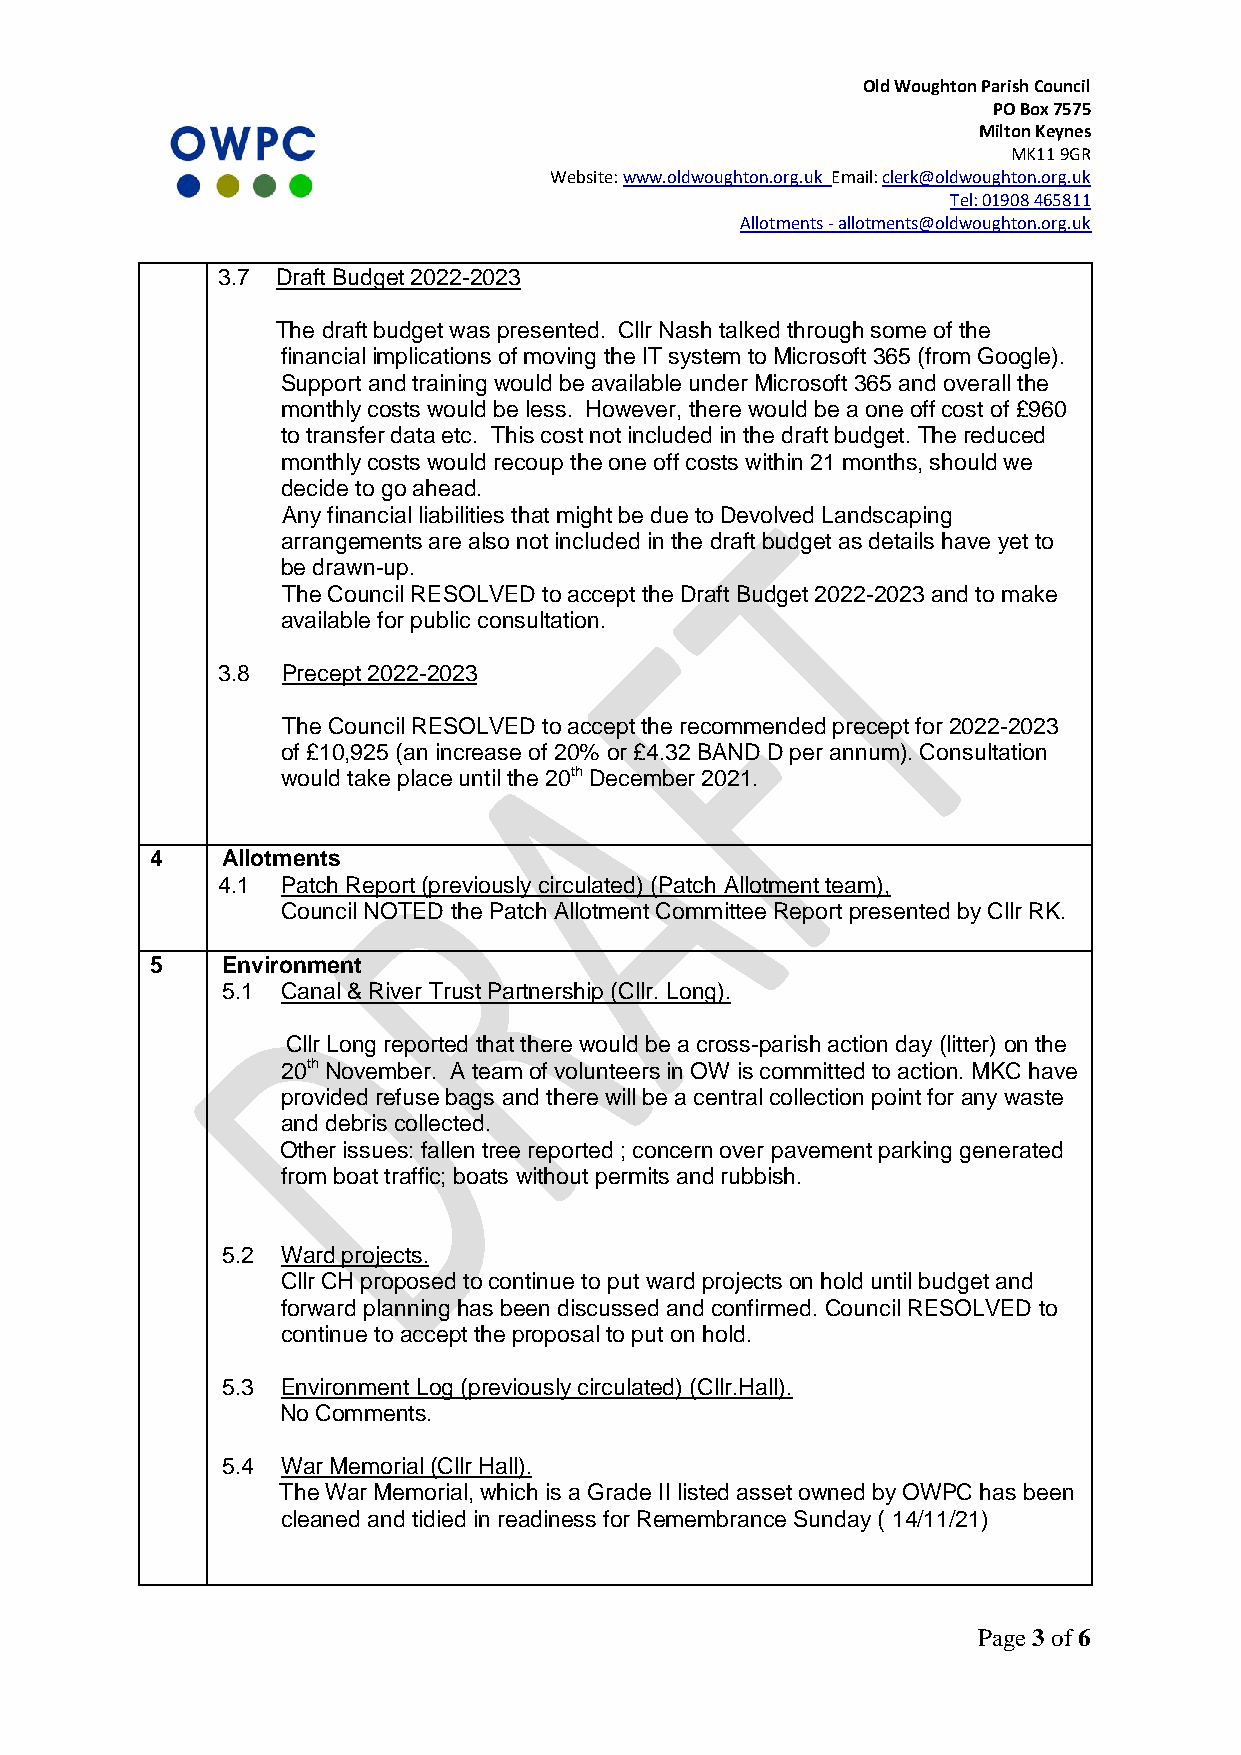
Old Woughton Parish Council
 PO Box 7575
 Milton Keynes
 MK11 9GR
 Website: www.oldwoughton.org.uk Email: clerk@oldwoughton.org.uk
 Tel: 01908 465811
 Allotments - allotments@oldwoughton.org.uk
 3.7 Draft Budget 2022-2023
 The draft budget was presented. Cllr Nash talked through some of the
 financial implications of moving the IT system to Microsoft 365 (from Google).
 Support and training would be available under Microsoft 365 and overall the
 monthly costs would be less. However, there would be a one off cost of £960
 to transfer data etc. This cost not included in the draft budget. The reduced
 monthly costs would recoup the one off costs within 21 months, should we
 decide to go ahead.
 Any financial liabilities that might be due to Devolved Landscaping
 arrangements are also not included in the draft budget as details have yet to
 be drawn-up.
 The Council RESOLVED to accept the Draft Budget 2022-2023 and to make
 available for public consultation.
 3.8  Precept 2022-2023
 The Council RESOLVED to accept the recommended precept for 2022-2023
 of £10,925 (an increase of 20% or £4.32 BAND D per annum). Consultation
 would take place until the 20th December 2021.
 4    Allotments
 4.1  Patch Report (previously circulated) (Patch Allotment team),
 Council NOTED the Patch Allotment Committee Report presented by Cllr RK.
 5    Environment
 5.1 Canal & River Trust Partnership (Cllr. Long).
 Cllr Long reported that there would be a cross-parish action day (litter) on the
 20th November. A team of volunteers in OW is committed to action. MKC have
 provided refuse bags and there will be a central collection point for any waste
 and debris collected.
 Other issues: fallen tree reported ; concern over pavement parking generated
 from boat traffic; boats without permits and rubbish.
 5.2 Ward projects.
 Cllr CH proposed to continue to put ward projects on hold until budget and
 forward planning has been discussed and confirmed. Council RESOLVED to
 continue to accept the proposal to put on hold.
 5.3 Environment Log (previously circulated) (Cllr.Hall).
 No Comments.
 5.4 War Memorial (Cllr Hall).
 The War Memorial, which is a Grade II listed asset owned by OWPC has been
 cleaned and tidied in readiness for Remembrance Sunday ( 14/11/21)
 Page 3 of 6